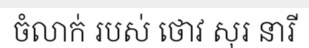
ចំលាក់ របស់ ថោវ សុរ នារី